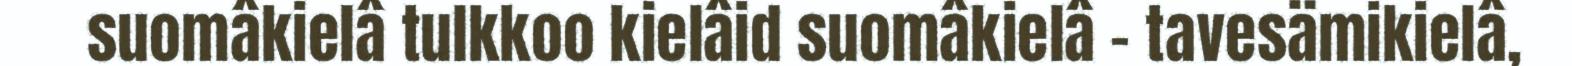
suomâkielâ tulkkoo kielâid suomâkielâ - tavesämikielâ,